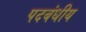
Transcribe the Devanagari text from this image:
पदबंधीय